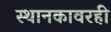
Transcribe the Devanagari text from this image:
स्थानकावरही